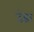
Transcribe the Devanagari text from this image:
उंडर